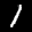
Label: 1